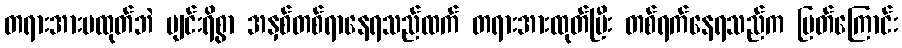
တရားအားမထုတ်ဘဲ ပျင်းရိစွာ အနှစ်တစ်ရာနေရသည်ထက် တရားအားထုတ်ပြီး တစ်ရက်နေရသည်က မြတ်ကြောင်း